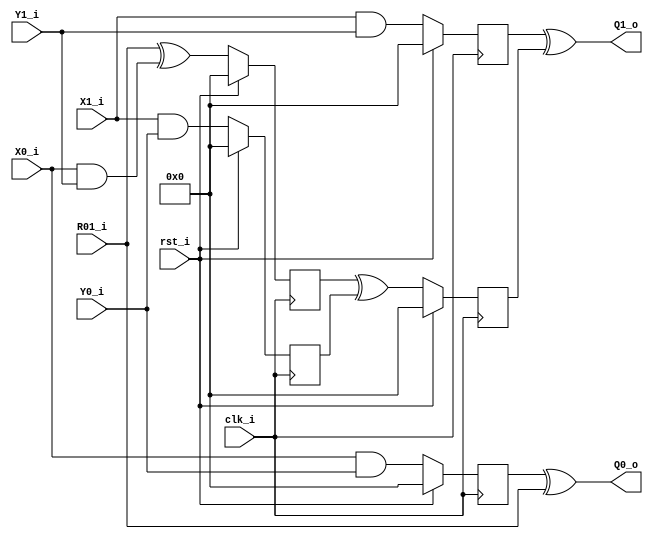
module isw_and (clk_i, rst_i, 
    X0_i, X1_i, 
    Y0_i, Y1_i, 
    R01_i, 
    Q0_o, Q1_o
     );
    input clk_i; 
    input rst_i;
    input [7:0] X0_i, X1_i;
    input [7:0] Y0_i, Y1_i;
    input [7:0] R01_i;
    output [7:0] Q0_o, Q1_o; 

    reg [7:0] tmp0_q;
    reg [7:0] tmp1_q;
    reg [7:0] C0_q, C1_q;
    reg [7:0] R10_q;


    always @(posedge clk_i) begin
        if(rst_i) begin
            tmp0_q <= 8'b0;
            tmp1_q <= 8'b0;

            C0_q <= 8'b0;
            C1_q <= 8'b0;

            R10_q <= 8'b0;
        end else begin
            tmp0_q <= (R01_i ^ (X0_i&Y1_i));
            tmp1_q <= (X1_i&Y0_i);
    
            C0_q <= X0_i & Y0_i;
            C1_q <= X1_i & Y1_i;
             R10_q <= tmp0_q ^ tmp1_q;
        end
    end

    assign Q0_o = C0_q ^ R01_i;
    assign Q1_o = C1_q ^ R10_q;

endmodule